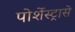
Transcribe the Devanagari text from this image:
पोर्शेस्ट्रासे